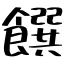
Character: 饌